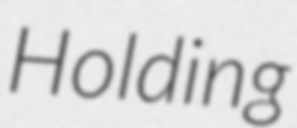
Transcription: Holding